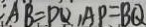
: A B = D Q , A P = B Q